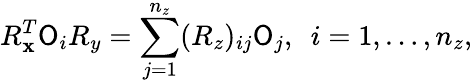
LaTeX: R_{\mathbf{x}}^{T}{\cal\mathsf{O}}_{i}R_{y}=\sum_{j=1}^{n_{z}}(R_{z})_{ij}{\cal\mathsf{O}}_{j},\ \ i=1,\ldots,n_{z},